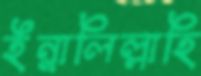
ইন্নালিল্লাহি